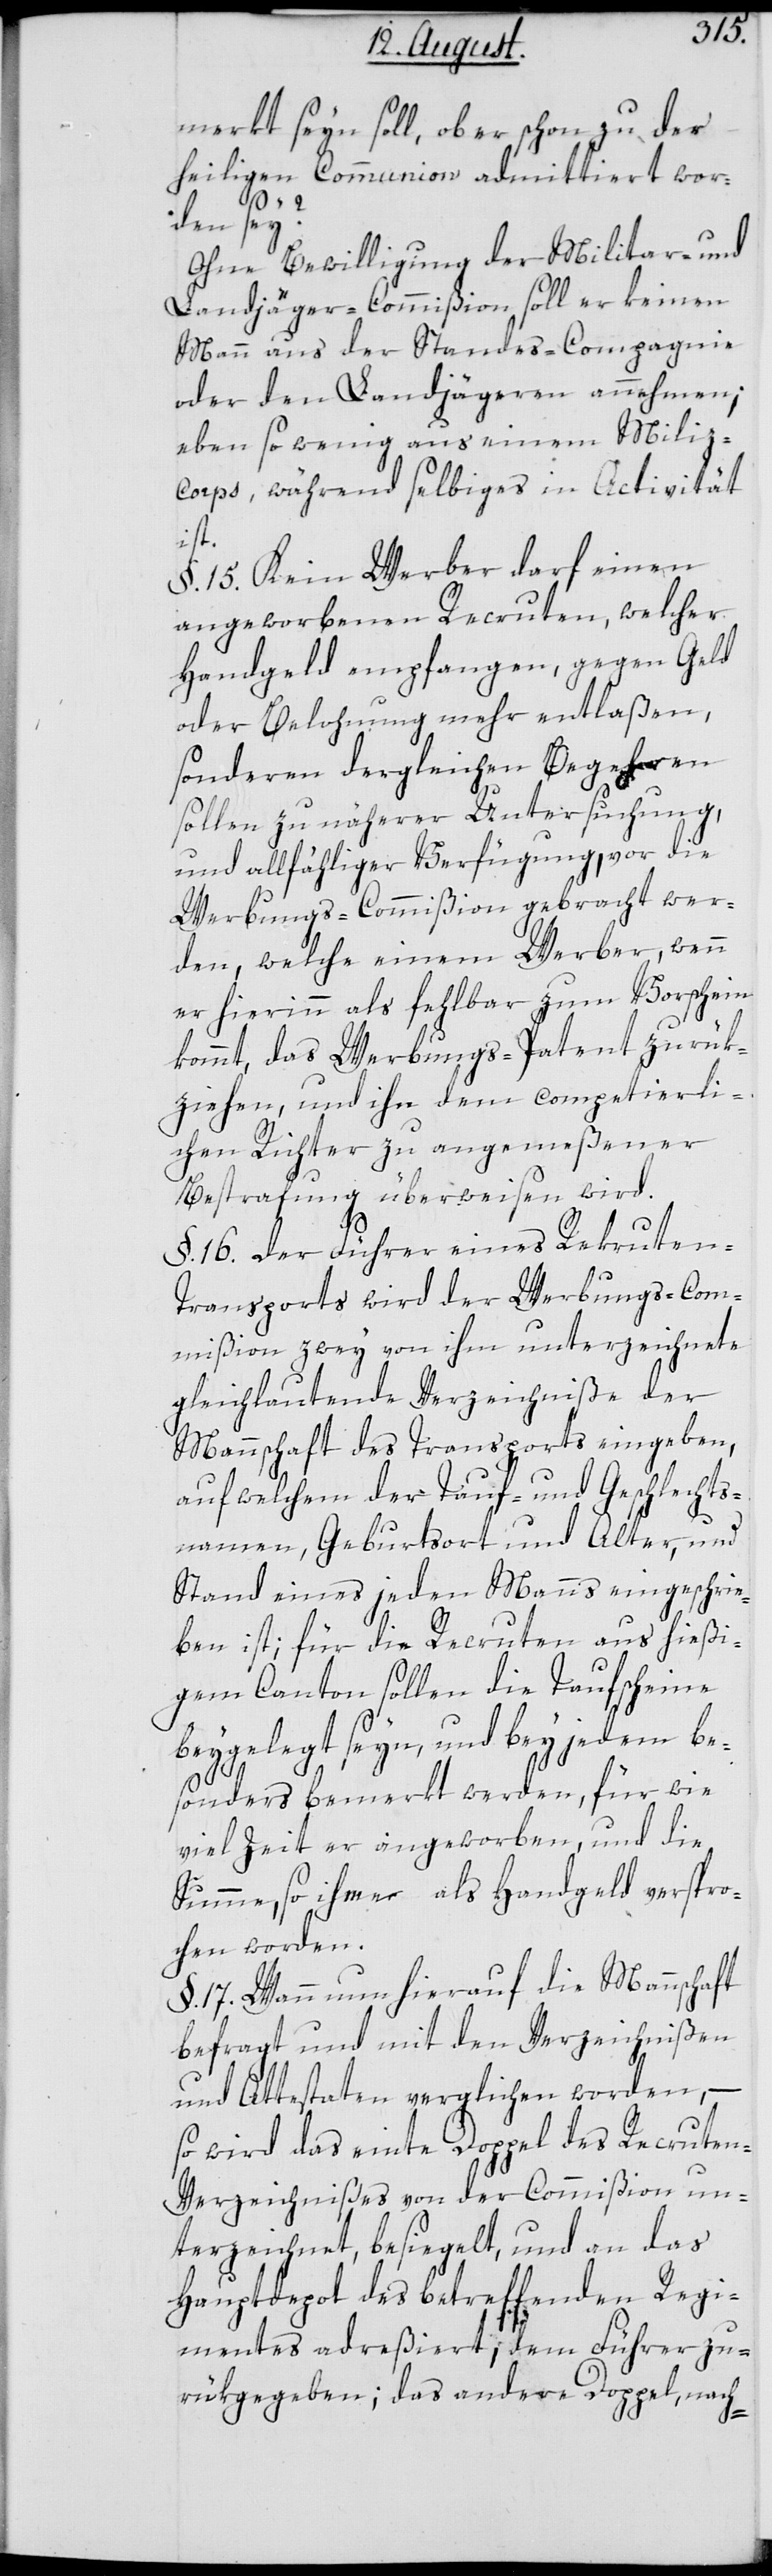
merkt seyn soll, ob er schon zu der
heiligen Communion admittiert wor¬
den sey?
Ohne Bewilligung der Miltar- und
Landjäger-Commißion soll er keinen
Mann aus der Standes-Compagnie
oder den Landjägeren annehmen;
eben so wenig aus einem Miliz-C¬
orps, während selbiges in Activität
ist.
§. 15. Kein Werber darf einen
angeworbenen Recruten, welcher
Handgeld empfangen, gegen Geld
oder Belohnung mehr entlaßen,
sondern dergleichen Begehren
sollen zu näherer Untersuchung,
und allfähliger Verfügung, vor die
Werbungs-Commißion gebracht wer¬
den, welche einem Werber, wenn
er hierinn als fehlbar zum Vorschein
kommt, das Werbungs-Patent zurük¬
ziehen, und ihn dem competierli¬
chen Richter zu angemeßener
Bestrafung überweisen wird.
§. 16. Der Führer eines Recruten-T¬
ransports wird der Werbungs-Com¬
mißion zwey von ihm unterzeichnete
gleichlautende Verzeichniße der
Mannschaft des Transports eingeben,
auf welchem der Tauf- und Geschlechts¬
namen, Geburtsort und Alter, und
Stand eines jeden Manns eingeschrie¬
ben ist; für die Recruten aus hießi¬
gem Canton sollen die Taufscheine
beygelegt seyn, und bey jedem be¬
sonders bemerkt werden, für wie
viel Zeit er angeworben, und die
Summe, so ihme als Handgeld verspro¬
chen worden.
§. 17. Wann nun hierauf die Mannschaft
befragt und mit den Verzeichnißen
und Attestaten verglichen worden, –
so wird das einte Doppel des Recrute¬
n-Verzeichnißes von der Commißion un¬
terzeichnet, besiegelt, und an das
Hauptdepot des betreffenden Regi¬
mentes adreßiert; dem Führer zu¬
rükgegeben; das andere Doppel, nach-